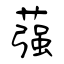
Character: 蔃